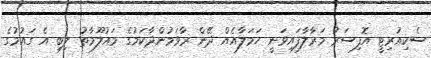
ސެކިއުރިޓީ އޮފިސަރު މަރާލާފައިވަނީ ހަމަލާއެއް ދޭން ރާވަމުންދާކަމުގެ މައުލޫމާތު ލިބި އެ ގައުމުގެ